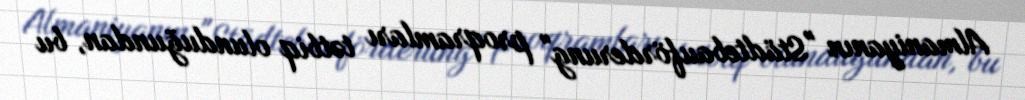
Almaniyanın "Städtebauförderung" proqramları tətbiq olunduğundan, bu